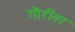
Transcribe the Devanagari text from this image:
गौरींवर